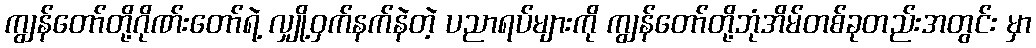
ကျွန်တော်တို့ဂိုဏ်းတော်ရဲ့ လျှို့ဝှက်နက်နဲတဲ့ ပညာရပ်များကို ကျွန်တော်တို့ဘုံအိမ်တစ်ခုတည်းအတွင်း မှာ